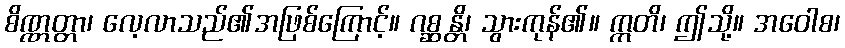
စိဏ္ဏတ္တာ၊ လေ့လာသည်၏အဖြစ်ကြောင့်။ ဂစ္ဆန္တိ၊ သွားကုန်၏။ ဣတိ၊ ဤသို့။ အဝေါစ၊